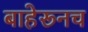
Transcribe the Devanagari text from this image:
बाहेरूनच